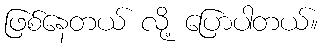
ဖြစ်နေတယ် လို့ ပြောပါတယ်။